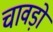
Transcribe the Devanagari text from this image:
चावड़ों